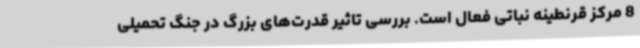
8 مرکز قرنطینه نباتی فعال است. بررسی تاثیر قدرت‌های بزرگ در جنگ تحمیلی